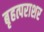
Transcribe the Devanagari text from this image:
बृहत्पराशर